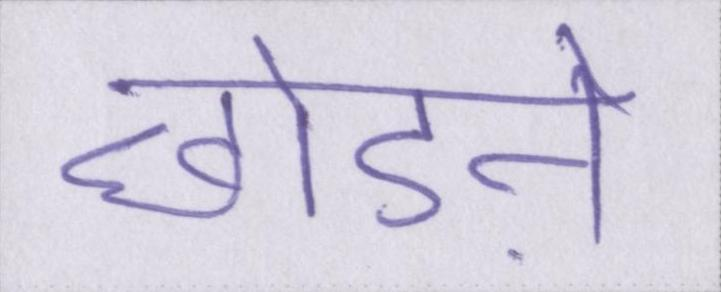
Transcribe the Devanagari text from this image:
छोडऩे